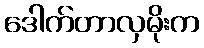
ဒေါက်တာလှမိုးက